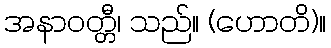
အနာဝတ္တီ၊ သည်။ (ဟောတိ)။